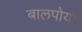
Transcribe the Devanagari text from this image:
बालपोर्या